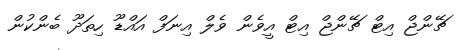
ޗޭންޖް އިޓް ޗޭންޖް އިޓް އީވެން ވެލް އިނަފް އައްޑޫ ހިތަދޫ ބެންކުން